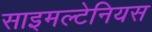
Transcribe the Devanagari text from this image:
साइमल्टेनियस